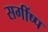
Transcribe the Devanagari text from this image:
सगींष्प